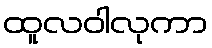
ထူလဝါလုကာ